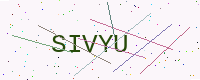
Text: SIVYU